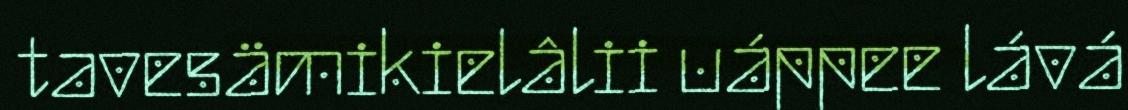
tavesämikielâlii uáppee lává